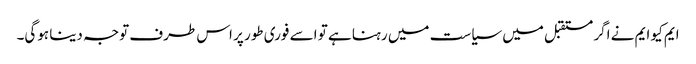
ایم کیو ایم نے اگر مستقبل میں سیاست میں رہنا ہے تو اسے فوری طور پر اس طرف توجہ دینا ہوگی۔